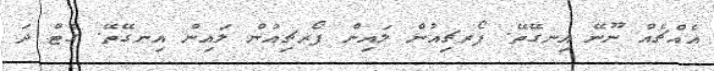
އެއްޗެއް ނޫނޭ އިނގޭތޭ. ފޯރޗިއުން ލައިން ފޯރޗިއުން ލައިން އިނގޭތޭ. ގެޓް ދަ